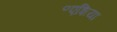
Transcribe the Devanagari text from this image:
॰एशिया